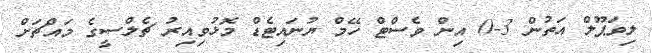
ލިވަޕޫލް އަތުން 3-0 އިން ވެސްޓް ހޭމް ޔުނައިޓެޑް މޮޅުވިއިރު ޗެލްސީގެ މައްޗަށް